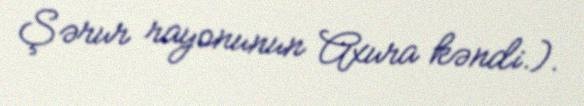
Şərur rayonunun Axura kəndi.).